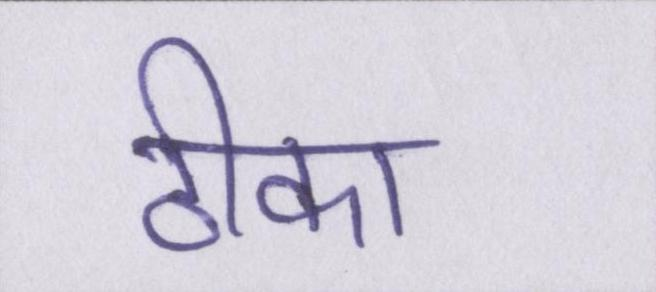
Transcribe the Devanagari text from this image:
ठीका